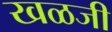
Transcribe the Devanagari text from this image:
खळजी